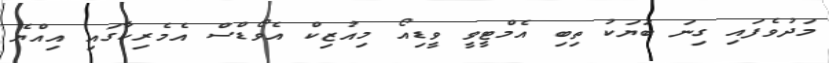
މަދުވެފައި ގިނަ ބަޔަކު ތިބި އެމްޓީވީ ވީޑިއޯ މިއުޒިކް އެވޯޑްސް އެމެރިކާގައި އިއްޔެ